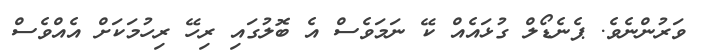
ވަރުންނެވެ. ޕެނެޑޯލް ގުޅައެއް ކޭ ނަމަވެސް އެ ބޮލުގައި ރިހޭ ރިހުމަކަށް އެއްވެސް